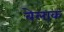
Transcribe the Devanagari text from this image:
बेलाक